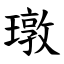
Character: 㻻